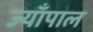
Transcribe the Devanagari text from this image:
ज्याँपाल